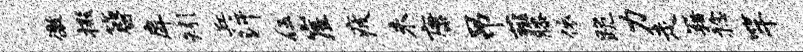
徼掇簪戽矧兵汗伍崖疲未康吊薤膝依跪力走籍稔竿